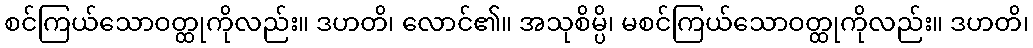
စင်ကြယ်သောဝတ္ထုကိုလည်း။ ဒဟတိ၊ လောင်၏။ အသုစိမ္ပိ၊ မစင်ကြယ်သောဝတ္ထုကိုလည်း။ ဒဟတိ၊